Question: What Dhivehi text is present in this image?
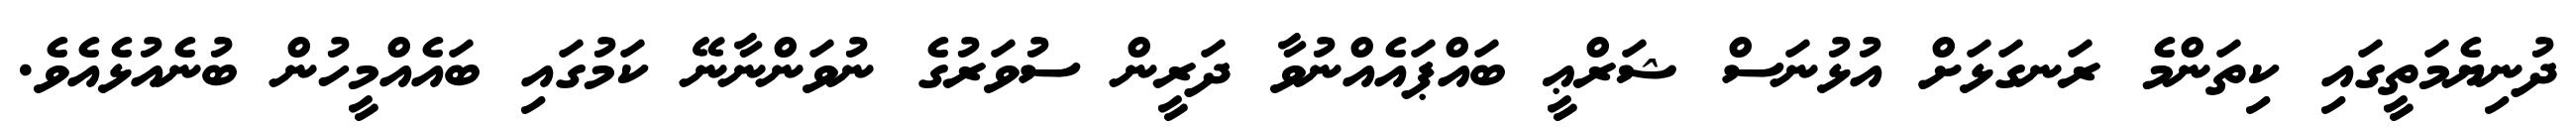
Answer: ދުނިޔެމަތީގައި ކިތަންމެ ރަނގަޅަށް އުޅުނަސް ޝަރްޢީ ބައްޕައެއްނުވާ ދަރީން ސުވަރުގެ ނުވަންނާނޭ ކަމުގައި ބައެއްމީހުން ބުނެއުޅެއެވެ.